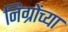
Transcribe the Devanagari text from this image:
निग्रोंच्या